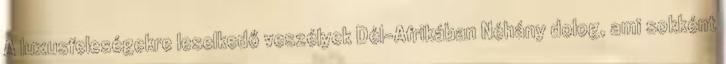
A luxusfeleségekre leselkedő veszélyek Dél-Afrikában Néhány dolog, ami sokként